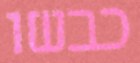
כבשו